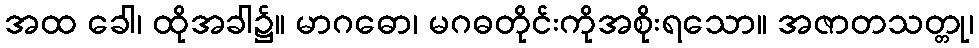
အထ ခေါ၊ ထိုအခါ၌။ မာဂဓော၊ မဂဓတိုင်းကိုအစိုးရသော။ အဇာတသတ္တု၊